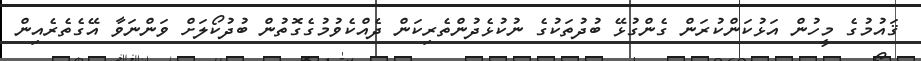
ޤައުމުގެ މީހުން އަޅުކަންކުރަން ގެންގުޅޭ ބުދުތަކުގެ ނުކުޅެދުންތެރިކަން ދެއްކެވުމުގެގޮތުން ބުދުކޯލަށް ވަންނަވާ އޭގެތެރެއިން